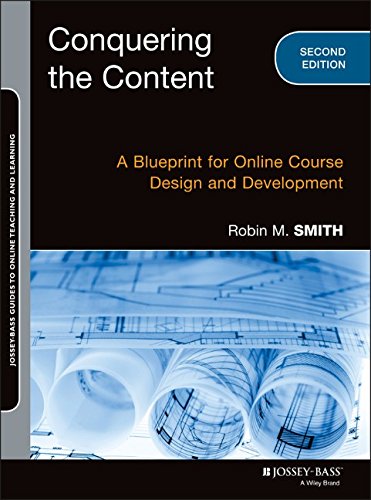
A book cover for Conquering the Content: A Blueprint for Online Course Design and Development (Jossey-Bass Guides to Online Teaching and Learning); Robin M. Smith; Education & Teaching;